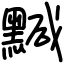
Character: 黬